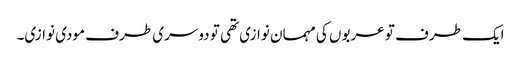
ایک طرف تو عربوں کی مہمان نوازی تھی تو دوسری طرف مودی نوازی۔